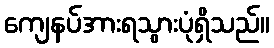
ကျေနပ်အားရသွားပုံရှိသည်။